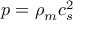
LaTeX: p = \rho _ { m } c _ { s } ^ { 2 }